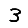
Digit: 3